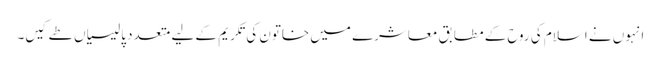
انہوں نے اسلام کی روح کے مطابق معاشرے میں خاتون کی تکریم کے لیے متعدد پالیسیاں طے کیں۔